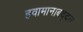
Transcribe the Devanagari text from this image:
हवामानाबद्दल